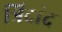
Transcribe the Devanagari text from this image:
त्रिदांद